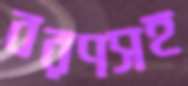
বরণসহ